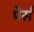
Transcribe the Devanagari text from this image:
पेर्स